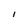
Character: I